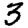
Digit: 3